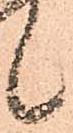
候